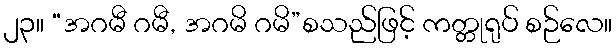
၂၃။ “အဂမီ ဂမီ, အဂမိ ဂမိ”စသည်ဖြင့် ကတ္တုရုပ် စဉ်လေ။